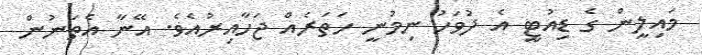
މައިލީން ގެ ޑިއުޓީ އެ ދުވަހު ނިމުނީ ހަތަރެއް ޖަހާއިރުއެވެ. އޭނާ އެތަނުން